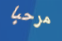
مرحبا